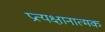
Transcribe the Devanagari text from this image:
प्रत्यक्षानात्मक